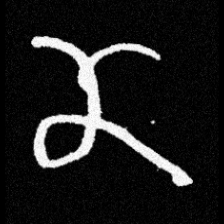
Pyu character \u2014 Myanmar letter: ဏ (romanized: nna)